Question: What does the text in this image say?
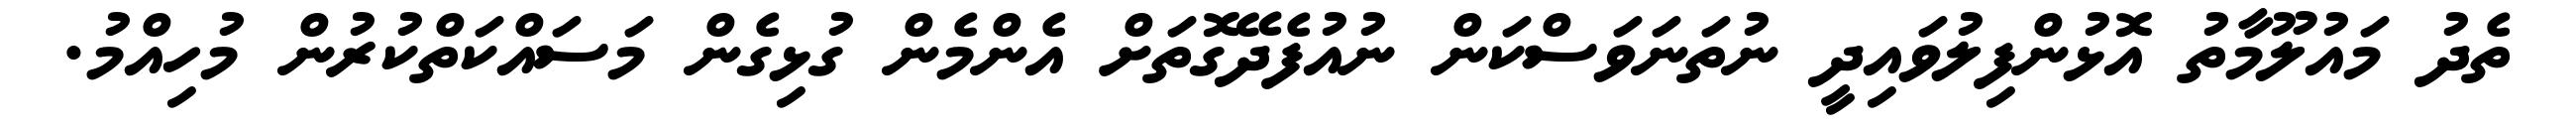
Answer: ތެދު މައުލޫމާތު އޮޅުންފިލުވައިދީ ނުތަނަވަސްކަން ނުއުފެދޭގޮތަށް އެންމެން ގުޅިގެން މަސައްކަތްކުރުން މުހިއްމު.